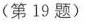
（第19题）